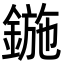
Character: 鍦